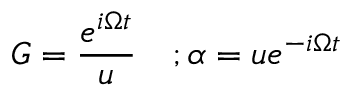
G = \frac { e ^ { i \Omega t } } u \quad ; \alpha = u e ^ { - i \Omega t }